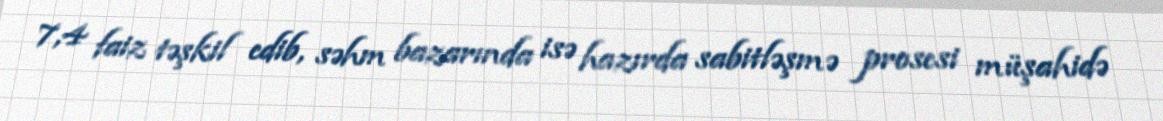
7,4 faiz təşkil edib, səhm bazarında isə hazırda sabitləşmə prosesi müşahidə